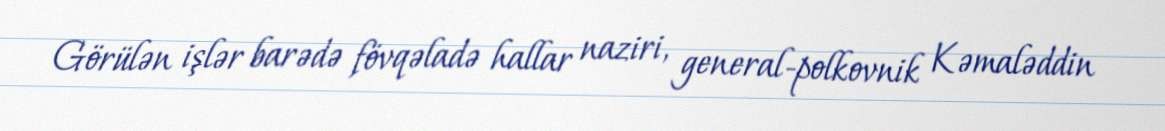
Görülən işlər barədə fövqəladə hallar naziri, general-polkovnik Kəmaləddin